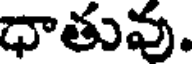
ధాతువు.